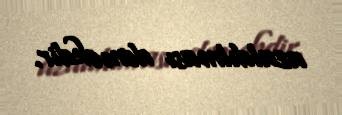
azaldılması deməkdir.